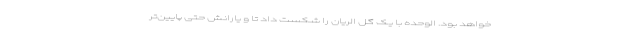
خواهد بود. الوحده با یک گل الریان را شکست داد تا و یارانش حتی پایین‌تر